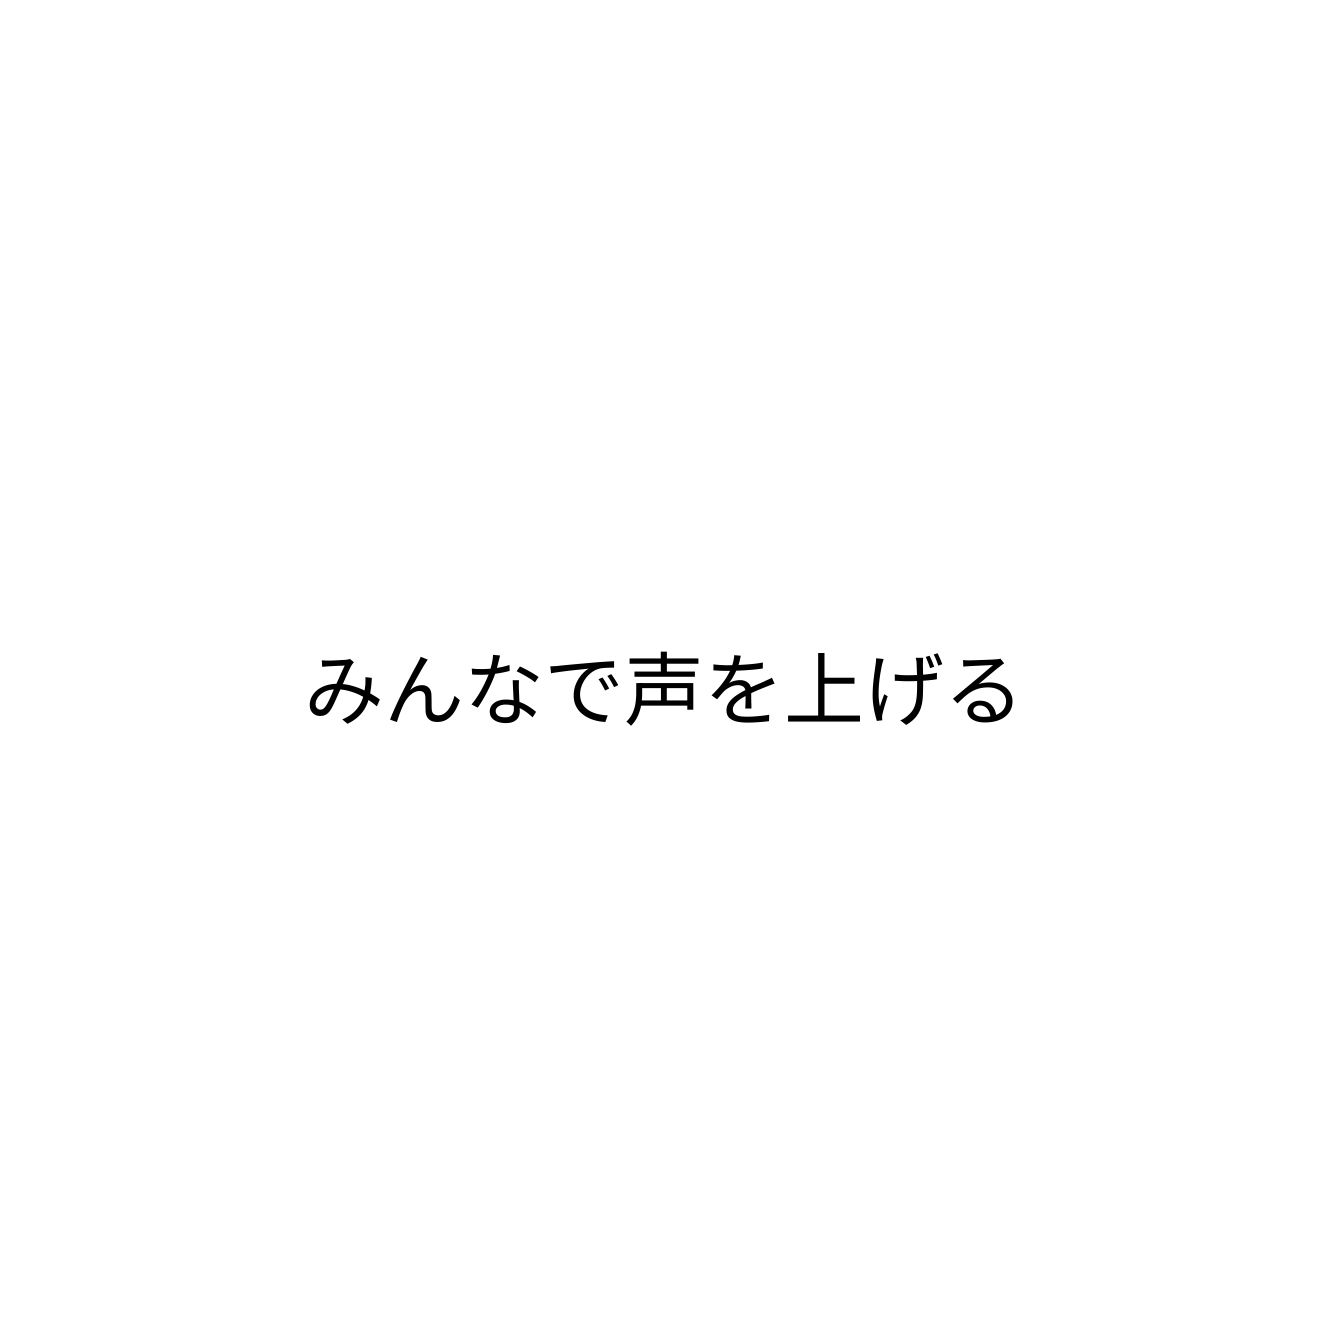
みんなで声を上げる